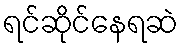
ရင်ဆိုင်နေရဆဲ